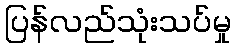
ပြန်လည်သုံးသပ်မှု